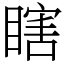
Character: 瞎